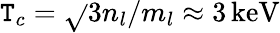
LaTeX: \mathtt{T}_{c}=\sqrt{}{{3n_{l}/m_{l}}}\approx3\, \mathrm{{keV}}